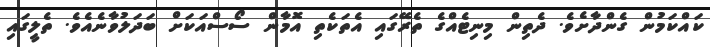
ކައްކަމުން ގެންދާށެވެ. ދެތިން މިނިޓެއްގެ ތެރޭގައި އެތަކެތި އޮމާން ސޯސްއަކަށް ބަދަލުވާނެއެވެ. ތެލީގައި